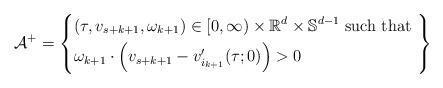
LaTeX: \begin{align*}\mathcal{A}^+ = \left\{\begin{aligned}& (\tau,v_{s+k+1},\omega_{k+1}) \in[0,\infty) \times \mathbb{R}^d \times \mathbb{S}^{d-1} \textnormal{ such that } \\& \omega_{k+1} \cdot \left(v_{s+k+1} - v_{i_{k+1}}^\prime (\tau;0) \right) > 0\end{aligned}\right\}\end{align*}